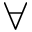
\forall